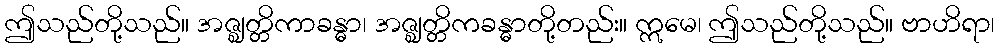
ဤသည်တို့သည်။ အဇ္ဈတ္တိကာခန္ဓာ၊ အဇ္ဈတ္တိကခန္ဓာတို့တည်း။ ဣမေ၊ ဤသည်တို့သည်။ ဗာဟိရာ၊